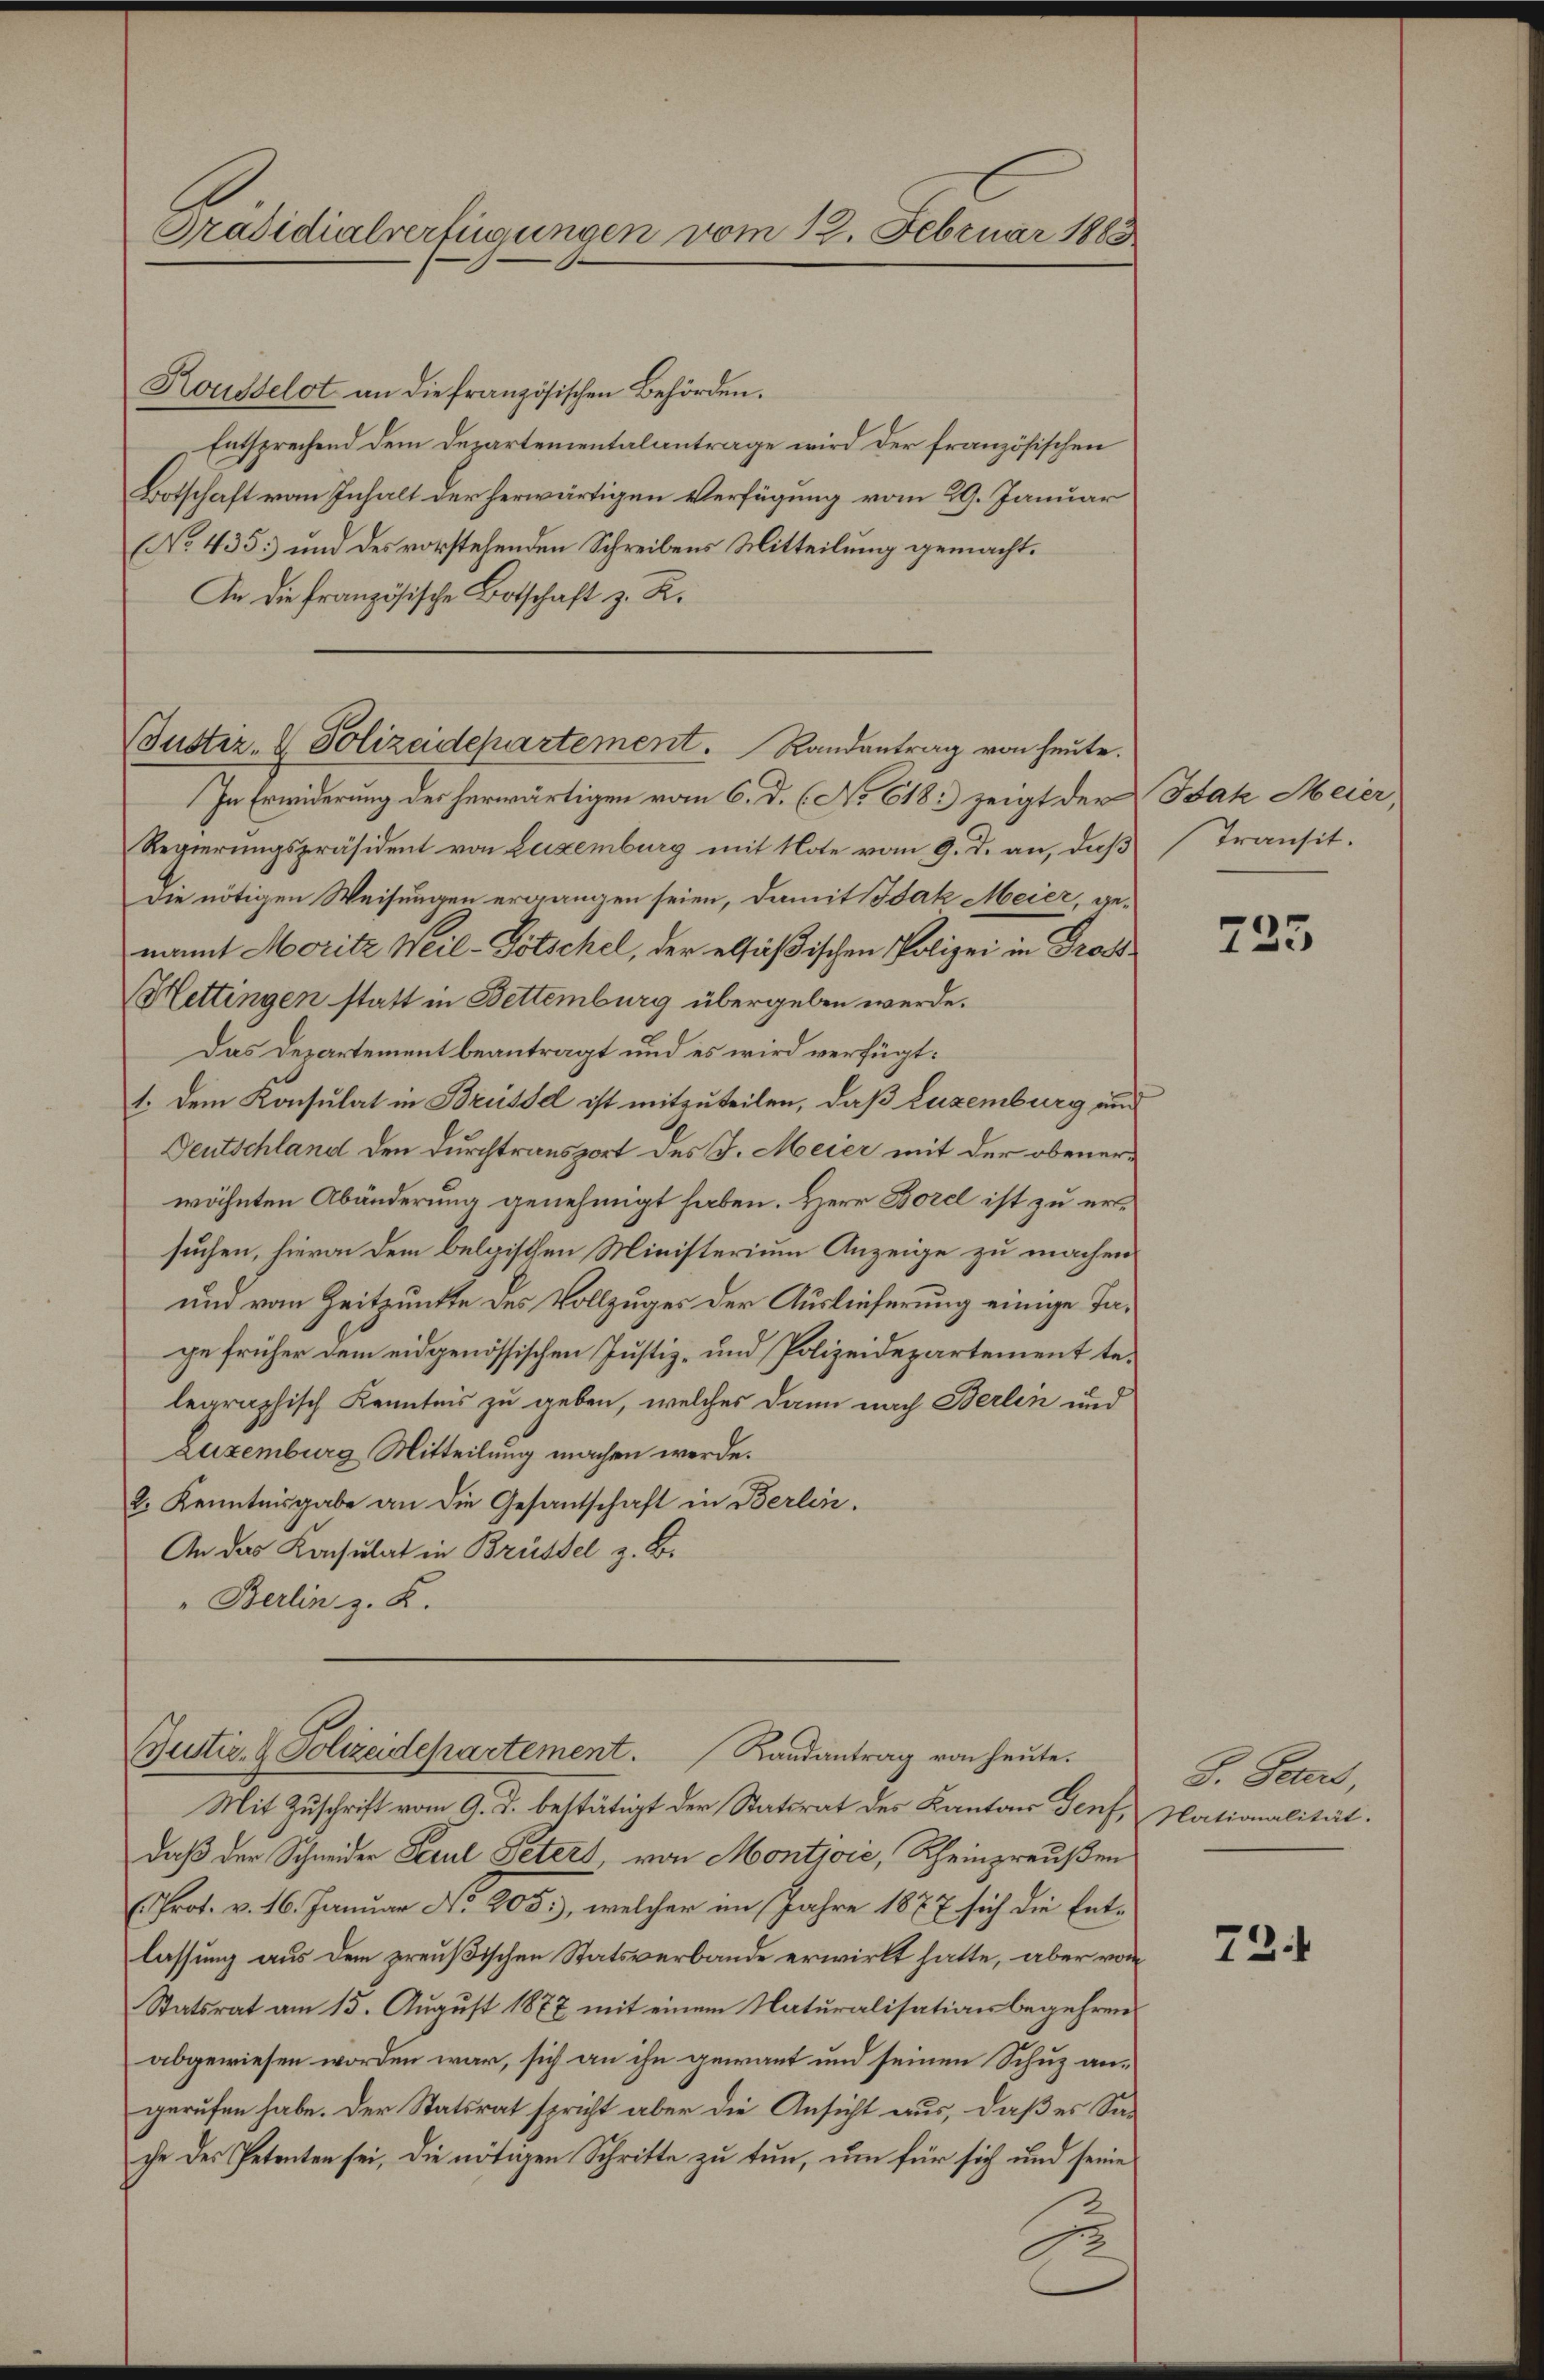
Kousselot an die französischen Behörden.
Entsprechend dem Departementalantrage wird der französischen
Botschaft vom Inhalt der herwärtigen Verfügung vom 29. Januar
(No. 435. und des vorstehenden Schreibens Mitteilung gemacht.
An die französische Botschaft z. R.
In Erwiderung des herwärtigen vom 6. d. 6. No 618.) zeigt der Jak Meier,
Regierungspräsident von Luxenburg mit Note vom 9. d. an, daß Transitdie nötigen Weisungen ergangen seien, damit Isak Meier, genamit Moritz Weil-Pötschel, der elsäßischen Polizei in Gross
Hettingen statt in Bettemburg übergeben werde.
Das Departement beantragt und es wird verfügt:
1. Dem Konsulat in Brüsse ist mitzuteilen, daß Luxenburg und
Deutschland den Durchtransport des J. Meier mit der obenerwähnten Abänderung genehmigt haben. Herr Borel ist zu ersuchen, hievon dem belgischen Ministerium Anzeige zu machen
und vom Zeitpunkte des Vollzuges der Auslieferung einige Tage früher dem eidgenössischen Justiz- und Polizeidepartement telegraphisch Kenntnis zu geben, welches dann nach Berlin und
Luxenburg Mitteilung machen werde.
2. Kenntnisgabe an die Gesantschaft in Berlin.
An das Konsulat in Brüssel z. B.
" Berlin z. R.
Justiz- & Polizeidepartement. Landantrag von heute.
Mit Zuschrift vom 9. d. bestätigt der Statsrat des Kanton Genf, Nationalität.
daß der Schneider Secul Peters, von Montjoić, Rheinpreußen
(Prot. v. 16. Januar No. 205), welcher im Jahre 1877 sich die Entlassung aus dem preußischen Statsverbande erwirkt hatte, aber von
Statsrat am 15. August 1877 mit einem Naturalisationsbegehren
abgewiesen worden war, sich an ihn gewant und seinen Schuz angerufen habe. Der Statsrat spricht aber die Ansicht aus, daß es Sache des Petenten sei, die nötigen Schritte zu tun, um für sich und seine
1

Präsidialverfügungen vom 12. Februar 1883

Bustiz- & Polizeidepartement. Randantrag von heute.

735

. Peters,

72.